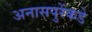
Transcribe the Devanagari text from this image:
अनासपुरेंकडे